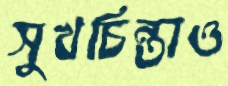
সুখচিন্তাও